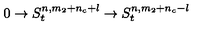
0 \rightarrow S _ { t } ^ { n , m _ { 2 } + n _ { c } + l } \rightarrow S _ { t } ^ { n , m _ { 2 } + n _ { c } - l }